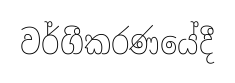
වර්ගීකරණයේදී